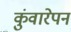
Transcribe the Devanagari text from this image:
कुंवारेपन